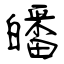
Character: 皤